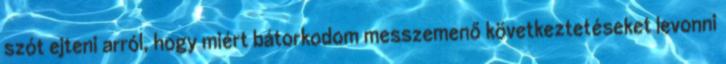
szót ejteni arról, hogy miért bátorkodom messzemenő következtetéseket levonni